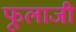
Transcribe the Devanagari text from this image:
फूलाजी